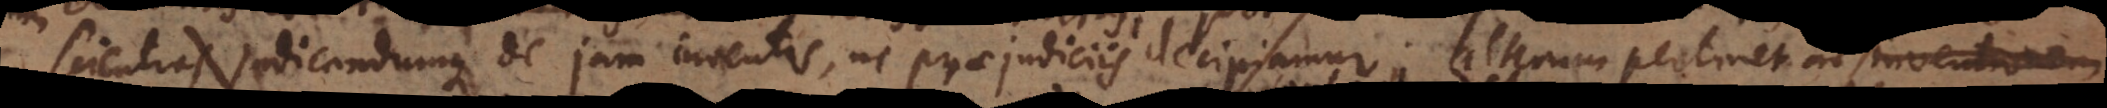
scientias judicandumque de jam inventis, ne praejudiciis decipiamur; alterum pertinet ad inventionem